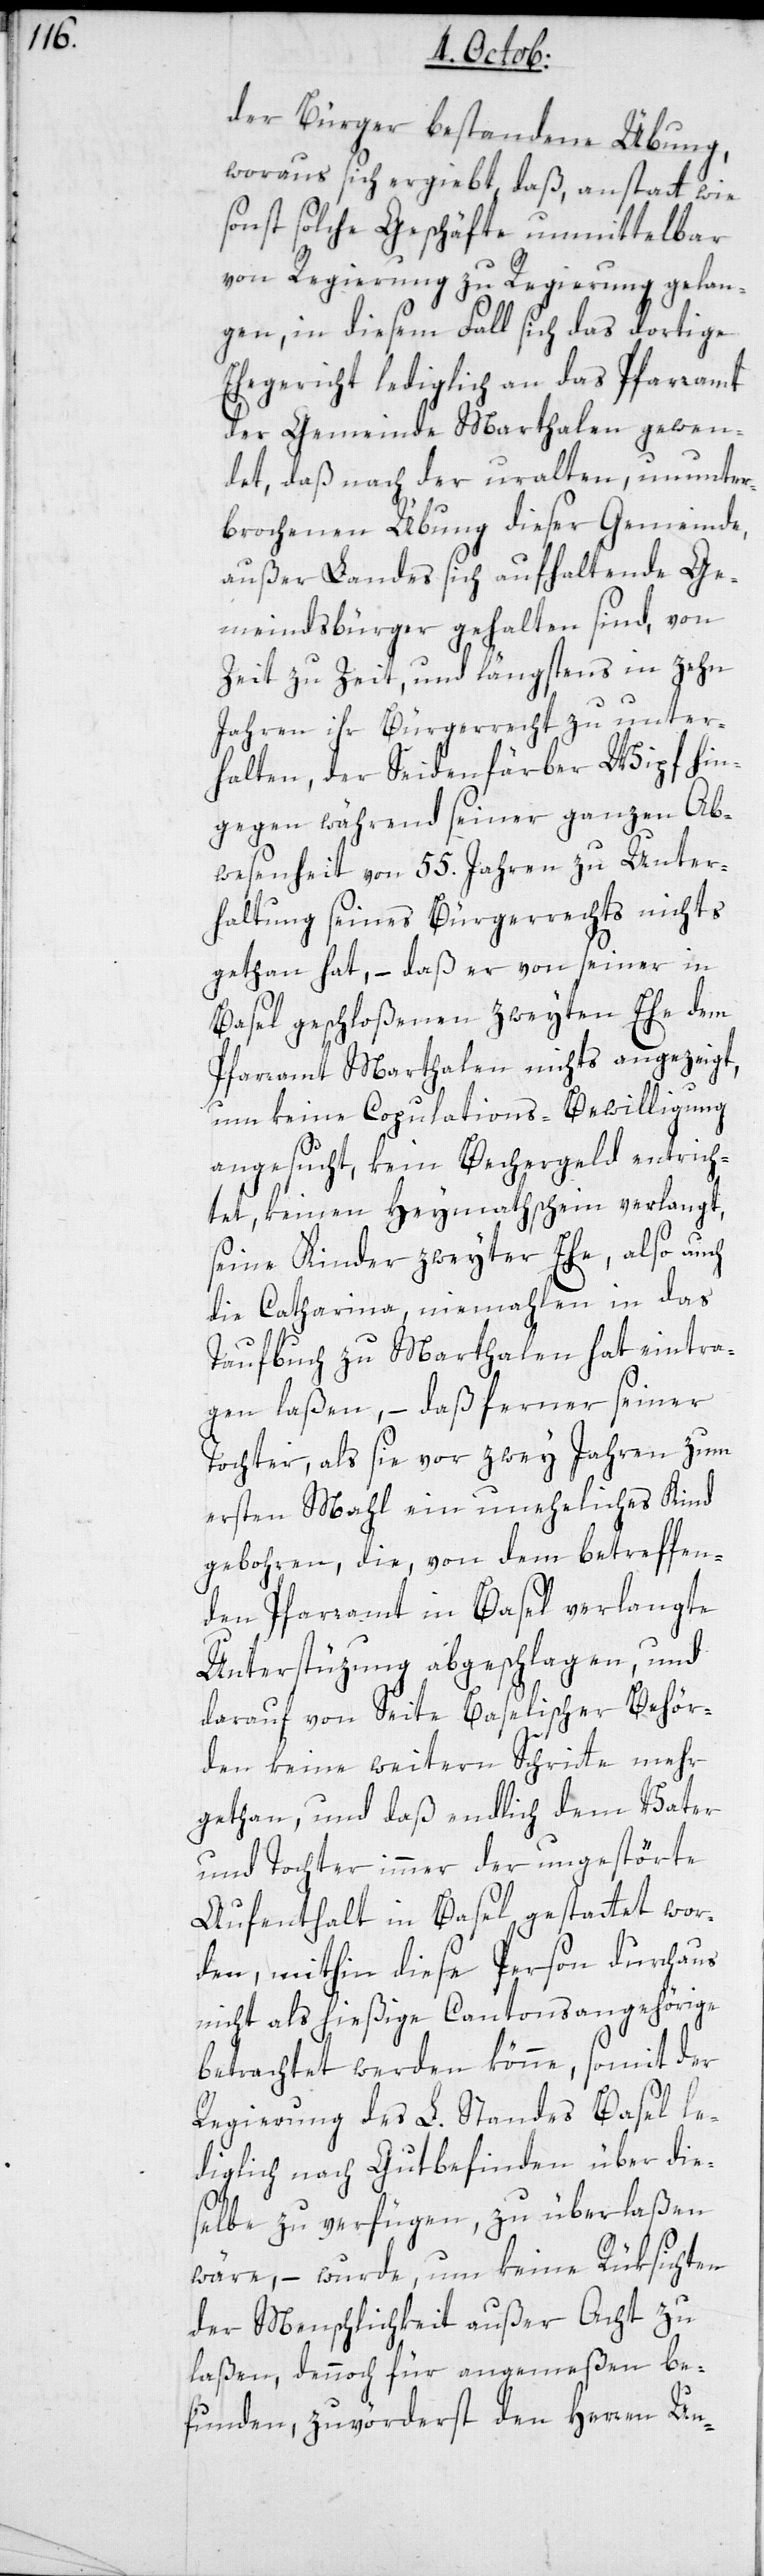
der Bürger bestandene Übung,
woraus sich ergiebt, daß, anstatt wie
sonst solche Geschäfte unmittelbar
von Regierung zu Regierung gelan¬
gen, in diesem Fall sich das dortige
Ehegericht lediglich an das Pfarramt
der Gemeinde Marthalen gewen¬
det, daß nach der uralten, ununter¬
brochenen Übung dieser Gemeinde,
außer Landes sich aufhaltende Ge¬
meindsbürger gehalten sind, von
Zeit zu Zeit, und längstens in zehn
Jahren ihr Bürgerrecht zu unter¬
halten, der Seidenfärber Wipf hin¬
gegen während seiner ganzen Ab¬
wesenheit von 55. Jahren zu Unter¬
haltung seines Bürgerrechts nichts
getan hat, – daß er von seiner in
Basel geschloßenen zweyten Ehe dem
Pfarramt Marthalen nichts angezeigt,
um keine Copulations-Bewilligung
angesucht, kein Bechergeld entrich¬
tet, keinen Heymathschein verlangt,
seine Kinder zweiter Ehe, also auch
die Catharina, niemahlen in das
Taufbuch zu Marthalen hat eintra¬
gen laßen, – daß ferner seiner
Tochter, als sie vor zwei Jahren zum
ersten Mal ein uneheliches Kind
gebohren, die von dem betreffen¬
den Pfarramt in Basel verlangte
Unterstützung abgeschlagen, und
darauf von Seite Baselischer Behör¬
den keine weitern Schritte mehr
gethan, und daß endlich dem Vater
und Tochter immer der ungestörte
Aufenthalt in Basel gestattet wor¬
den, mithin diese Person durchaus
nicht als hießige Cantonsangehörige
betrachtet werden könne, somit der
Regierung des L. Standes Basel le¬
diglich nach Gutbefinden über die¬
selbe zu verfügen, zu überlaßen
wäre, – wurde, um keine Rüksichten
der Menschlichkeit außer acht zu
laßen, dennoch für angemeßen be¬
funden, zuvörderst den Herren Un-